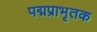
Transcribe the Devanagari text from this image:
पद्मप्राभृतक